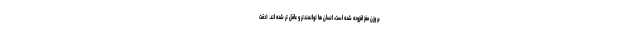
بر وزن مغز افزوده شده است، انسان ها توانمندتر و عاقل تر شده اند. (دقت